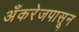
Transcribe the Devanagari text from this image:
अँकरेजपासून